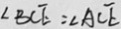
\angle B C E = \angle A C E